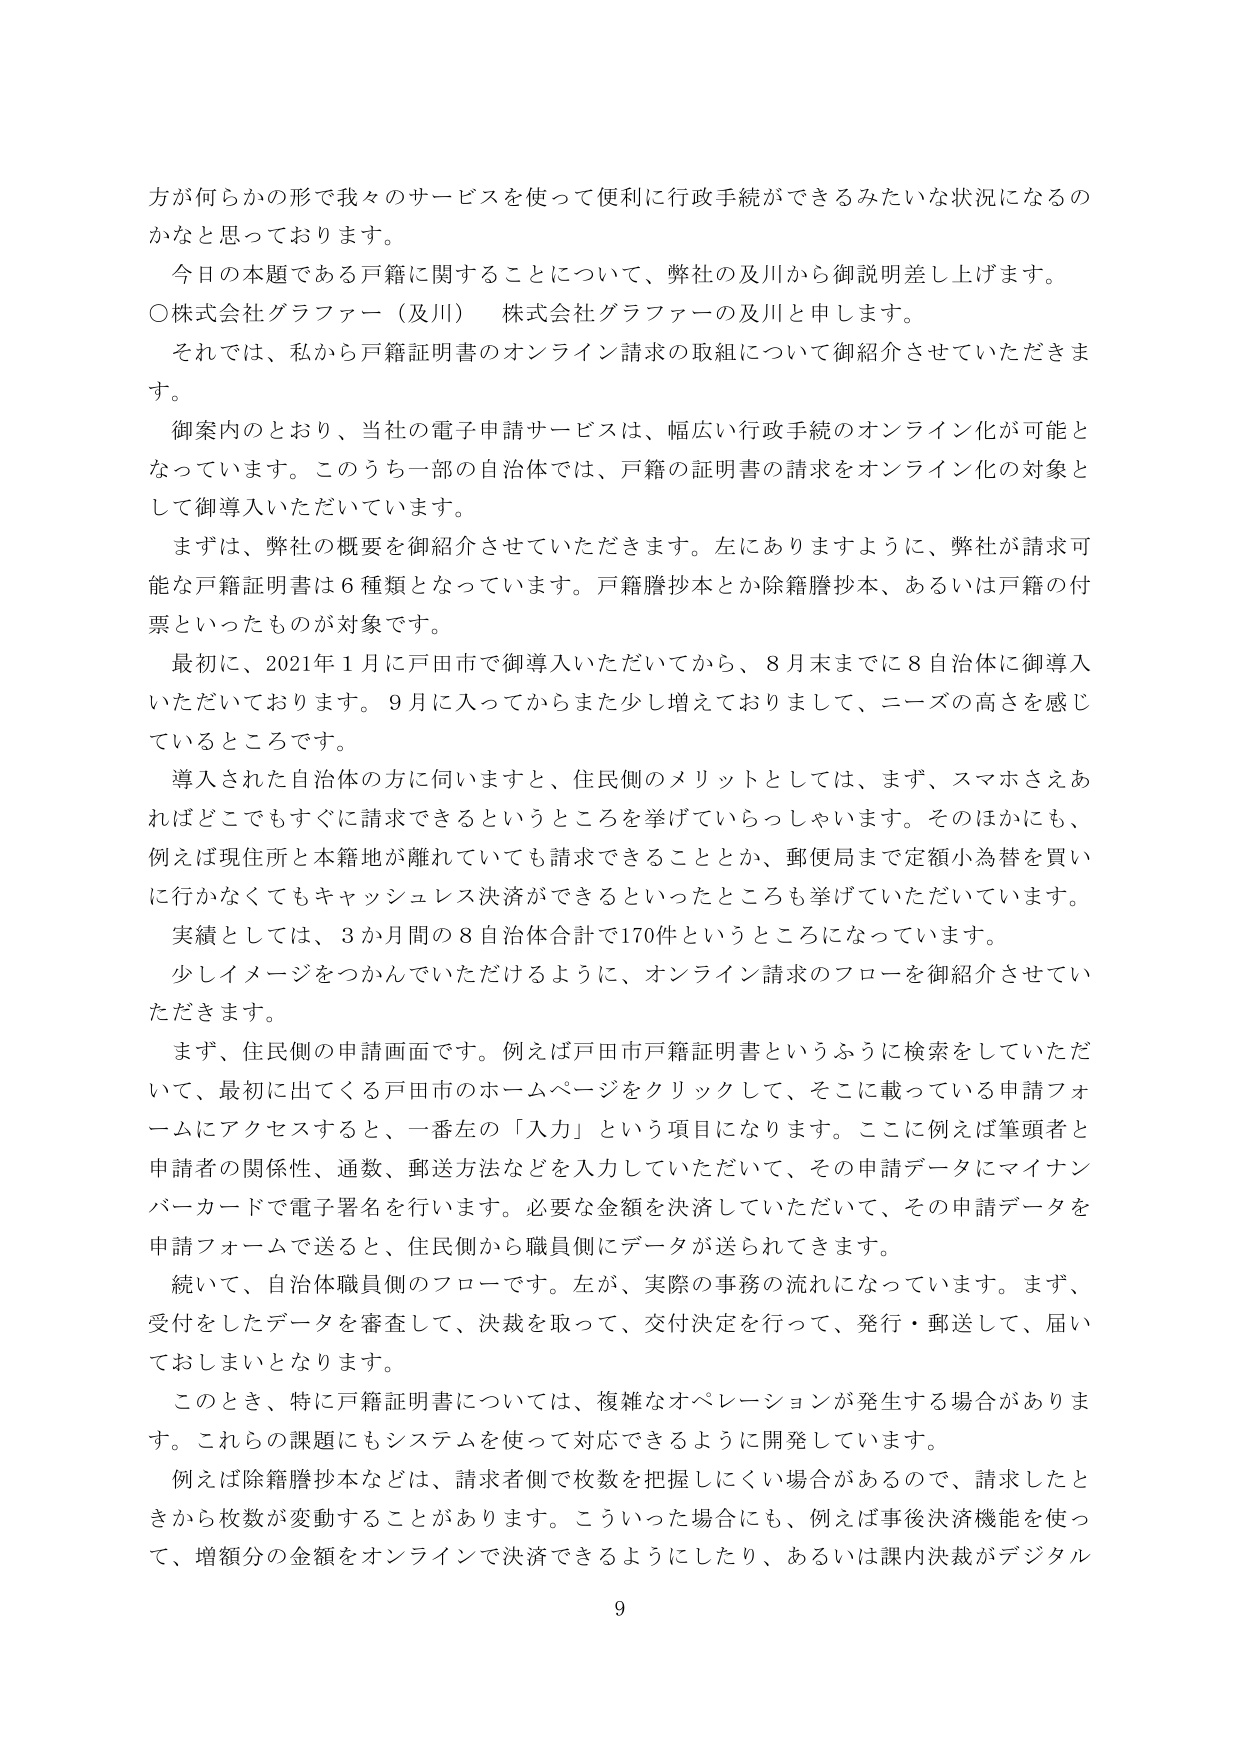
方が何らかの形で我々のサービスを使って便利に行政手続ができるみたいな状況になるのかなと思っております。

今日の本題である戸籍に関することについて、弊社の及川から御説明差し上げます。

○株式会社グラファー（及川） 株式会社グラファーの及川と申します。

それでは、私から戸籍証明書のオンライン請求の取組について御紹介させていただきます。

御案内のとおり、当社の電子申請サービスは、幅広い行政手続のオンライン化が可能となっています。このうち一部の自治体では、戸籍の証明書の請求をオンライン化の対象として御導入いただいています。

まずは、弊社の概要を御紹介させていただきます。左にありますように、弊社が請求可能な戸籍証明書は６種類となっています。戸籍謄抄本とか除籍謄抄本、あるいは戸籍の付票といったものが対象です。

最初に、2021年１月に戸田市で御導入いただいてから、８月末までに８自治体に御導入いただいております。９月に入ってからまた少し増えておりまして、ニーズの高さを感じているところです。

導入された自治体の方に伺いますと、住民側のメリットとしては、まず、スマホさえあればどこでもすぐに請求できるというところを挙げていらっしゃいます。そのほかにも、例えば現住所と本籍地が離れていても請求できることとか、郵便局まで定額小為替を買いに行かなくてもキャッシュレス決済ができるといったところも挙げていただいています。

実績としては、３か月間の８自治体合計で170件というところになっています。

少しイメージをつかんでいただけるように、オンライン請求のフローを御紹介させていただきます。

まず、住民側の申請画面です。例えば戸田市戸籍証明書というふうに検索をしていただいて、最初に出てくる戸田市のホームページをクリックして、そこに載っている申請フォームにアクセスすると、一番左の「入力」という項目になります。ここに例えば筆頭者と申請者の関係性、通数、郵送方法などを入力していただいて、その申請データにマイナンバーカードで電子署名を行います。必要な金額を決済していただいて、その申請データを申請フォームで送ると、住民側から職員側にデータが送られてきます。

続いて、自治体職員側のフローです。左が、実際の事務の流れになっています。まず、受付をしたデータを審査して、決裁を取って、交付決定を行って、発行・郵送して、届いておしまいとなります。

このとき、特に戸籍証明書については、複雑なオペレーションが発生する場合があります。これらの課題にもシステムを使って対応できるように開発しています。

例えば除籍謄抄本などは、請求者側で枚数を把握しにくい場合があるので、請求したときから枚数が変動することがあります。こういった場合にも、例えば事後決済機能を使って、増額分の金額をオンラインで決済できるようにしたり、あるいは課内決裁がデジタル

9